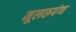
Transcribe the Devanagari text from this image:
मूलरुपंण